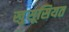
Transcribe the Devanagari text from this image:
खु़सूसियत